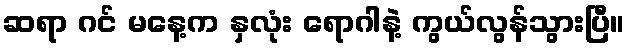
ဆရာ ဂင် မနေ့က နှလုံး ရောဂါနဲ့ ကွယ်လွန်သွားပြီ။